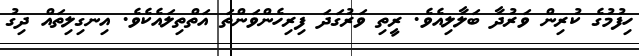
ހިފުމުގެ ކުރިން ވަރުދާ ބަލާލިއެވެ. ރީތި ވަރުގަދަ ފިރިހެންވަންތަ އަތްތިލައެކެވެ. އިނގިލިތައް ދިގު